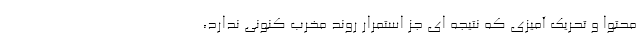
محتوا و تحریک آمیزی که نتیجه ای جز استمرار روند مخرب کنونی ندارد،